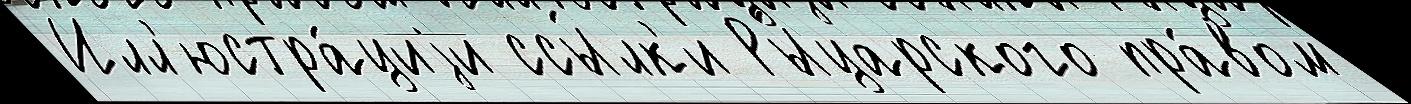
Илл'юстра́циjи ссы́лк'и Ры́царского пра́вом